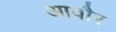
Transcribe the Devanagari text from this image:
आवौर